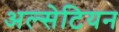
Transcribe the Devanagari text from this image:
अल्सेटियन